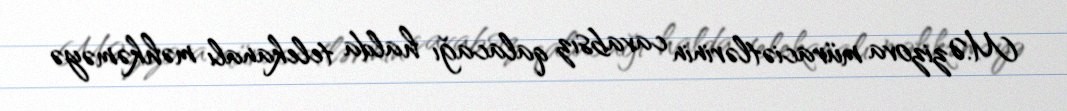
M.Əzizova müraciətlərinin cavabsız qalacağı halda telekanalı məhkəməyə